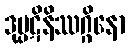
ဒုပ္ပဋိနိဿဂ္ဂိနော